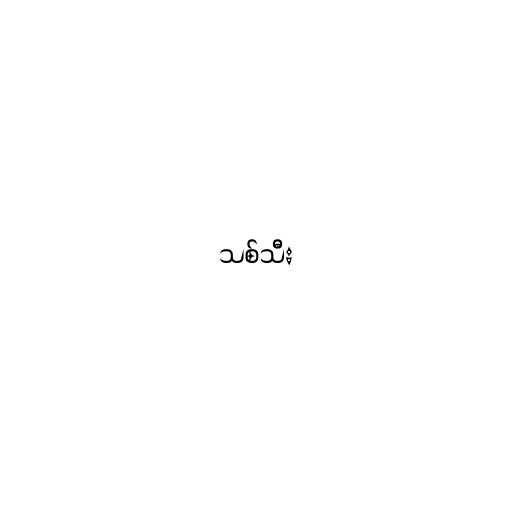
သစ်သီး